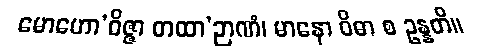
မောဟော’ဝိဇ္ဇာ တထာ’ဉာဏံ၊ မာနော ဝိဓာ စ ဥန္နတိ။